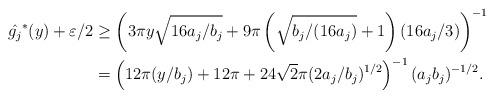
LaTeX: \begin{align*}\hat{g_j}^*(y) + \varepsilon/2 &\ge \left(3\pi y\sqrt{16a_j/b_j}+9\pi\left(\sqrt{b_j/(16a_j)}+1\right)(16a_j/3)\right)^{-1}\\&=\left(12\pi(y/b_j)+12\pi+24\sqrt2\pi(2a_j/b_j)^{1/2}\right)^{-1}(a_jb_j)^{-1/2}.\end{align*}